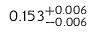
0 . 1 5 3 _ { - 0 . 0 0 6 } ^ { + 0 . 0 0 6 }